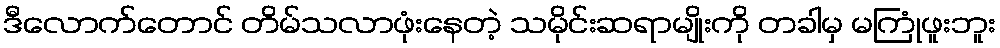
ဒီလောက်တောင် တိမ်သလာဖုံးနေတဲ့ သမိုင်းဆရာမျိုးကို တခါမှ မကြုံဖူးဘူး